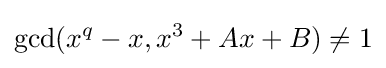
\gcd(x^{q}-x,x^{3}+Ax+B)\neq 1